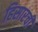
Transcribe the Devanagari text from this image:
हिसारची